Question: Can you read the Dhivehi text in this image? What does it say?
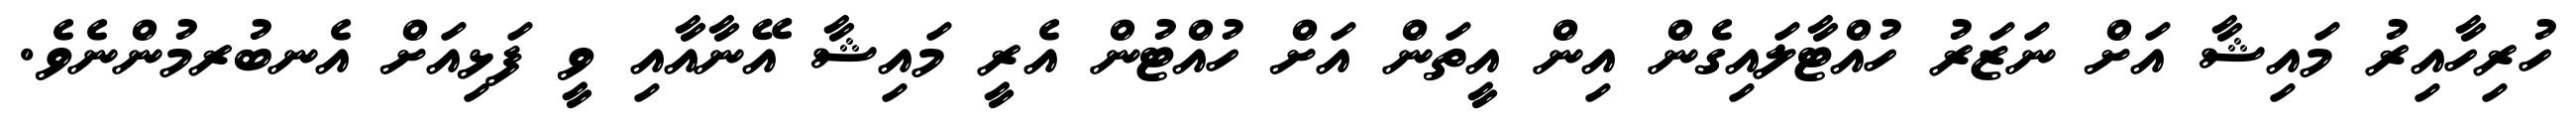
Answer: ހުރިހާއިރު މައިޝާ އަށް ނަޒަރު ހުއްޓާލައިގެން އިން އީތަން އަށް ހުއްޓުން އެރީ މައިޝާ އޭނާއާއި ވީ ފަޅިއަށް އެނބުރމުންނެވެ.